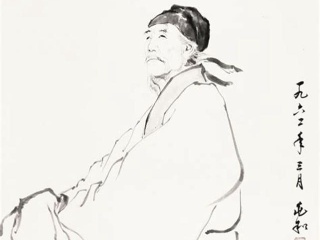
石壕村里夫妻别，泪比长生殿上多。